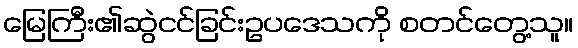
မြေကြီး၏ဆွဲငင်ခြင်းဥပဒေသကို စတင်တွေ့သူ။